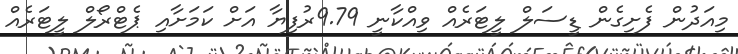
މިއަދުން ފެށިގެން ޑީސަލް ލީޓަރެއް ވިއްކާނީ 9.79ރުފިޔާ އަށް ކަމަށާއި ޕެޓްރޯލް ލީޓަރެއް